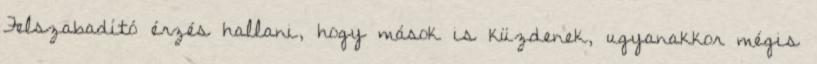
Felszabadító érzés hallani, hogy mások is küzdenek, ugyanakkor mégis